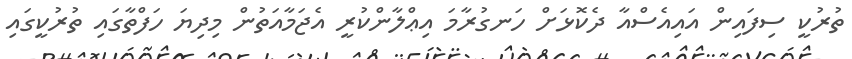
ތުރުކީ ސިފައިން އައިއެސްއާ ދެކޮޅަށް ހަނގުރާމަ އިޢްލާންކުރީ އެޖަމާއަތުން މިދިޔަ ހަފްތާގައި ތުރުކީގައި